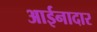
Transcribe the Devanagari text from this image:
आईनादार